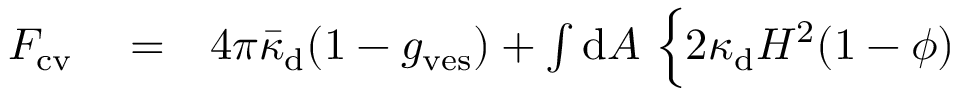
\begin{array} { r l r } { F _ { \mathrm { c v } } } & { { } = } & { 4 \pi \bar { \kappa } _ { \mathrm { d } } ( 1 - g _ { \mathrm { v e s } } ) + \int { \mathrm { d } } A \ \Big \{ 2 \kappa _ { \mathrm { d } } H ^ { 2 } ( 1 - \phi ) } \end{array}